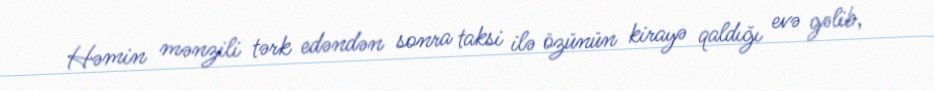
Həmin mənzili tərk edəndən sonra taksi ilə özünün kirayə qaldığı evə gəlib,